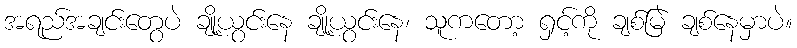
အရည်အချင်းတွေပဲ ချို့ယွင်းနေ ချို့ယွင်းနေ၊ သူကတော့ ရှင့်ကို ချစ်မြဲ ချစ်နေမှာပဲ။